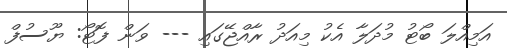
އަމިއްލަ ބޯޓު މުދަލާ އެކު މިއަދު ރާއްޖޭގައި --- ވަން ފޮޓޯ: ޔޫސުފް